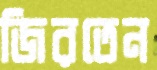
জিরতেন